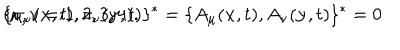
\{ \pi _ { \mu } ( \textbf { x } , t ) , \pi _ { \nu } ( \textbf { y } , t ) \} ^ { * } = \{ A _ { \mu } ( \textbf { x } , t ) , A _ { \nu } ( \textbf { y } , t ) \} ^ { * } = 0 \hspace { 0 . 3 i n } ( \mu , \nu = 1 , 2 , 3 , 4 ) .